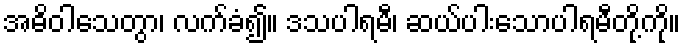
အဓိဝါသေတွာ၊ လက်ခံ၍။ ဒသပါရမီ၊ ဆယ်ပါးသောပါရမီတို့ကို။